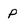
Character: p